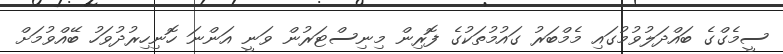
ސީމެގްގެ ބައްދަލުވުމުގައި މެމްބަރު ގައުމުތަކުގެ ފޮރިން މިނިސްޓަރުން ވަނީ އަންނަ ހޮނިހިރުދުވަހު ބޭއްވުމަށް